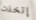
إتخذت